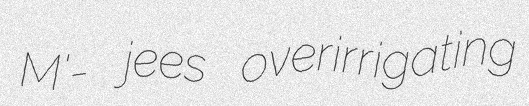
M'- jees overirrigating